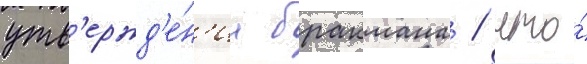
утв'ержд'е́н'иа бракмана / что́